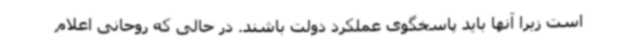
است زیرا آنها باید پاسخگوی عملکرد دولت باشند. در حالی که روحانی اعلام